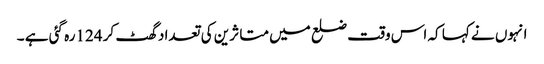
انہوں نے کہا کہ اس وقت ضلع میں متا ثرین کی تعداد گھٹ کر 124رہ گئی ہے ۔